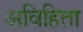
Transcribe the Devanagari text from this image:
अविहिता